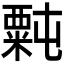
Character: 𫃉